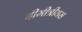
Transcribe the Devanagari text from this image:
दीमीत्रीयस